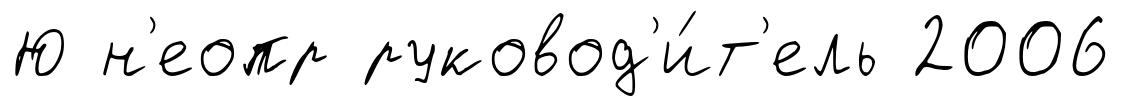
Ю н'еопр руковод'и́т'ель 2006